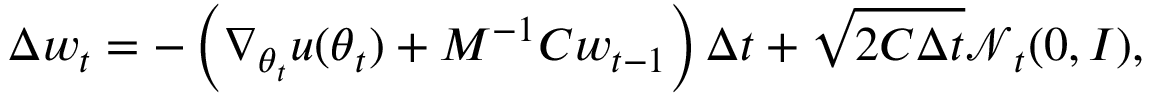
\Delta \boldsymbol { w } _ { t } = - \left( \nabla _ { \boldsymbol { \theta } _ { t } } u ( \boldsymbol { \theta } _ { t } ) + \boldsymbol { M } ^ { - 1 } \boldsymbol { C } \boldsymbol { w } _ { t - 1 } \right) \Delta t + \sqrt { 2 \boldsymbol { C } \Delta t } \boldsymbol { \mathcal { N } } _ { t } ( \boldsymbol { 0 } , I ) ,